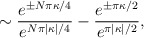
\begin{align*}\sim\frac{e^{\pm N\pi\kappa/4}}{e^{N\pi|\kappa|/4}}-\frac{e^{\pm\pi\kappa/2}}{e^{\pi|\kappa|/2}},\end{align*}